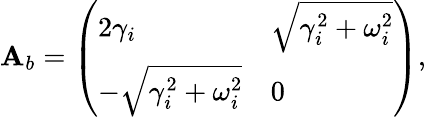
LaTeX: \mathbf{A}_{b}=\left(\begin{array}{ll}{2\gamma_{i}}&{\sqrt{\gamma_{i}^{2}+\omega_{i}^{2}}}\\ {-\sqrt{\gamma_{i}^{2}+\omega_{i}^{2}}}&{0}\end{array}\right),